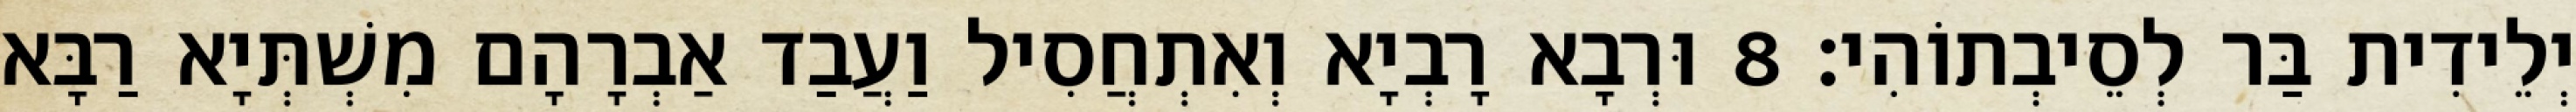
יְלֵידִית בַּר לְסֵיבְתוֹהִי׃ 8 וּרְבָא רָבְיָא וְאִתְחֲסִיל וַעֲבַד אַבְרָהָם מִשְׁתְּיָא רַבָּא